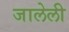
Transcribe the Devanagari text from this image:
जालेली